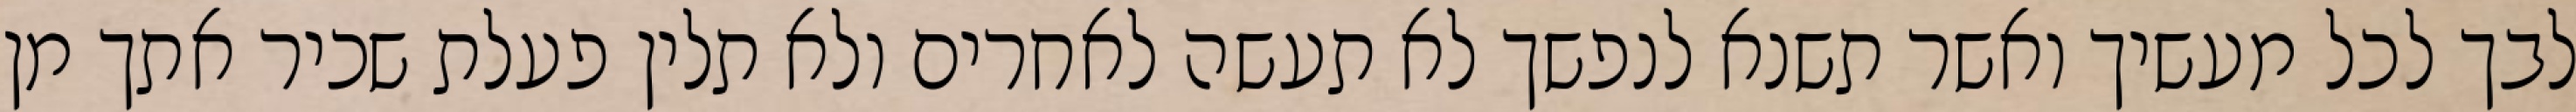
לבך לכל מעשיך ואשר תשנא לנפשך לא תעשה לאחרים ולא תלין פעלת שכיר אתך מן